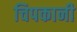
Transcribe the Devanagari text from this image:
चिपकानी